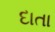
દાતા